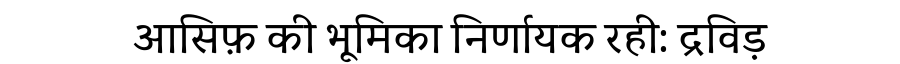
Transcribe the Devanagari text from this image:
आसिफ़ की भूमिका निर्णायक रही: द्रविड़